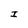
Character: I